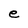
Character: e